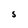
Character: S